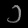
Digit: ၁